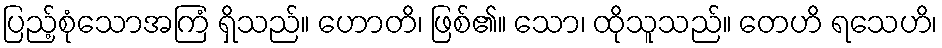
ပြည့်စုံသောအကြံ ရှိသည်။ ဟောတိ၊ ဖြစ်၏။ သော၊ ထိုသူသည်။ တေဟိ ရသေဟိ၊